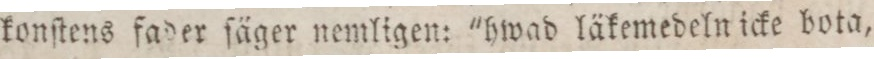
konſtens fader ſäger nemligen: "hwad läkemedeln icke bota,